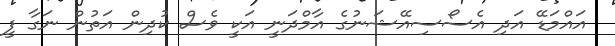
އައްމަޑޭ އަދި އެސޯސިއޭޝަނުގެ އާމްދަނީ އަކީ ވެސް ކުދިން އަތުން ނަގާ ފީ